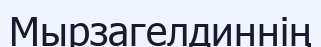
Мырзагелдиннің